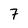
Character: 7